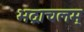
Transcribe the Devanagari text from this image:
भद्राचलम्‌